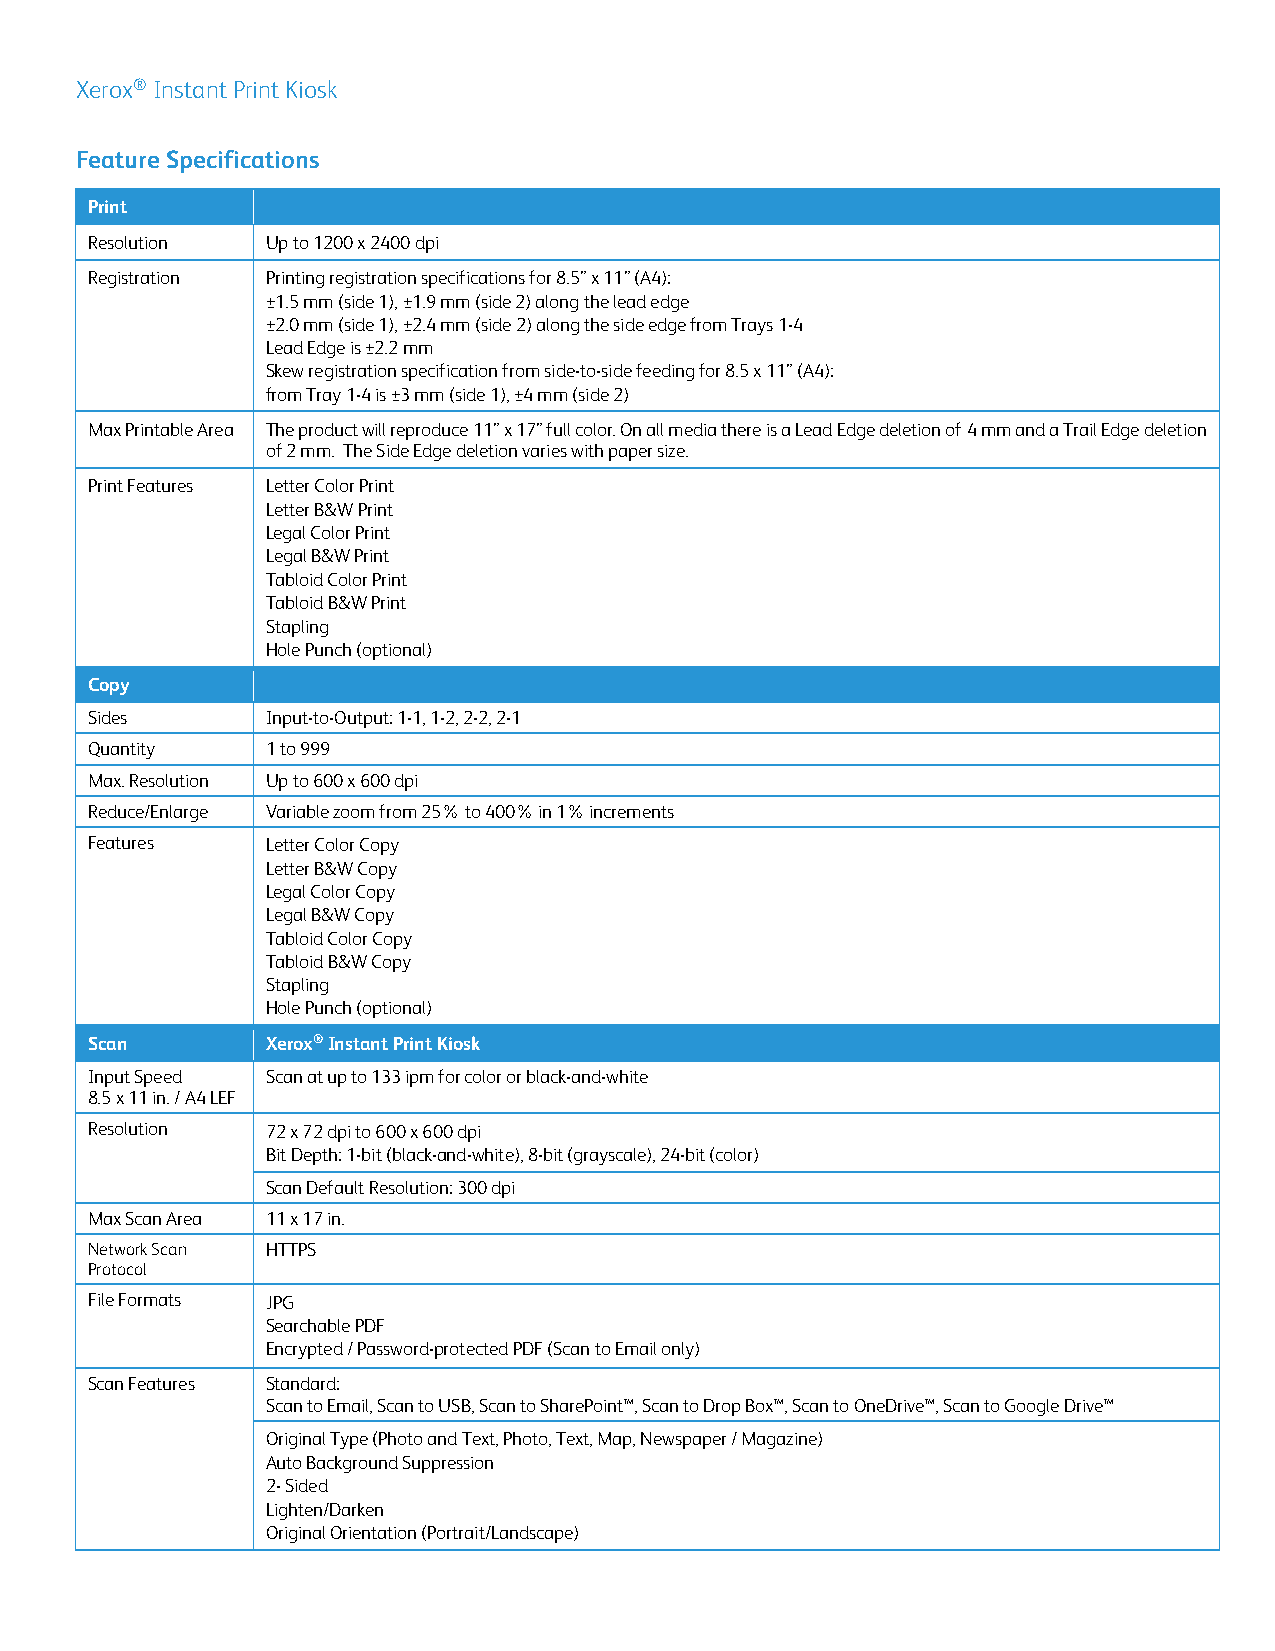
X erox®Instant Print Kiosk
 Feature Specifications
 Print
 Resolution  Up to 1200 x 2400 dpi
 Registration Printing registration specifications for 8.5” x 11” (A4):
 ±1.5 mm (side 1), ±1.9 mm (side 2) along the lead edge
 ±2.0 mm (side 1), ±2.4 mm (side 2) along the side edge from Trays 1-4
 Lead Edge is ±2.2 mm
 Skew registration specification from side-to-side feeding for 8.5 x 11” (A4):
 from Tray 1-4 is ±3 mm (side 1), ±4 mm (side 2)
 Max Printable Area The product will reproduce 11” x 17” full color. On all media there is a Lead Edge deletion of 4 mm and a Trail Edge deletion
 of 2 mm. The Side Edge deletion varies with paper size.
 Print Features Letter Color Print
 Letter B&W Print
 Legal Color Print
 Legal B&W Print
 Tabloid Color Print
 Tabloid B&W Print
 Stapling
 Hole Punch (optional)
 Copy
 Sides       Input-to-Output: 1-1, 1-2, 2-2, 2-1
 Quantity    1 to 999
 Max. Resolution Up to 600 x 600 dpi
 Reduce/Enlarge Variable zoom from 25% to 400% in 1% increments
 Features    Letter Color Copy
 Letter B&W Copy
 Legal Color Copy
 Legal B&W Copy
 Tabloid Color Copy
 Tabloid B&W Copy
 Stapling
 Hole Punch (optional)
 Scan        Xerox® Instant Print Kiosk
 Input Speed Scan at up to 133 ipm for color or black-and-white
 8.5 x 11 in. / A4 LEF
 Resolution  72 x 72 dpi to 600 x 600 dpi
 Bit Depth: 1-bit (black-and-white), 8-bit (grayscale), 24-bit (color)
 Scan Default Resolution: 300 dpi
 Max Scan Area 11 x 17 in.
 Network Scan HTTPS
 Protocol
 File Formats JPG
 Searchable PDF
 Encrypted / Password-protected PDF (Scan to Email only)
 Scan Features Standard:
 Scan to Email, Scan to USB, Scan to SharePoint™, Scan to Drop Box™, Scan to OneDrive™, Scan to Google Drive™
 Original Type (Photo and Text, Photo, Text, Map, Newspaper / Magazine)
 Auto Background Suppression
 2- Sided
 Lighten/Darken
 Original Orientation (Portrait/Landscape)